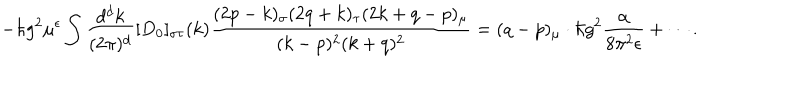
- \hbar g ^ { 2 } \mu ^ { \epsilon } \int \frac { d ^ { d } k } { ( 2 \pi ) ^ { d } } [ D _ { 0 } ] _ { \sigma \tau } ( k ) \frac { ( 2 p - k ) _ { \sigma } ( 2 q + k ) _ { \tau } ( 2 k + q - p ) _ { \mu } } { ( k - p ) ^ { 2 } ( k + q ) ^ { 2 } } = ( q - p ) _ { \mu } \cdot \hbar g ^ { 2 } \frac { \alpha } { 8 \pi ^ { 2 } \epsilon } + \cdots .